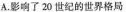
A.影响了20世纪的世界格局